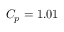
C _ { p } = 1 . 0 1